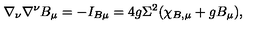
\nabla _ { \nu } \nabla ^ { \nu } B _ { \mu } = - I _ { B \mu } = 4 g \Sigma ^ { 2 } ( \chi _ { B , \mu } + g B _ { \mu } ) ,